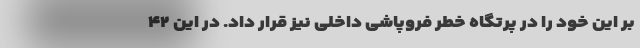
بر این خود را در پرتگاه خطر فروپاشی داخلی نیز قرار داد. در این ۴۲